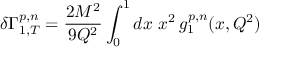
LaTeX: \delta \Gamma _ { 1 , T } ^ { p , n } = { \frac { 2 M ^ { 2 } } { 9 Q ^ { 2 } } } \int _ { 0 } ^ { 1 } d x ~ x ^ { 2 } \, g _ { 1 } ^ { p , n } ( x , Q ^ { 2 } )